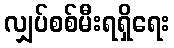
လျှပ်စစ်မီးရရှိရေး